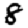
Digit: 8